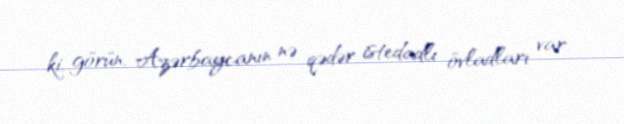
ki, görün, Azərbaycanın nə qədər istedadlı övladları var.